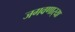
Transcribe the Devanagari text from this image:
जगवणार्‍या